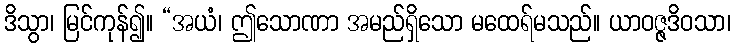
ဒိသွာ၊ မြင်ကုန်၍။ “အယံ၊ ဤသောဏာ အမည်ရှိသော မထေရ်မသည်။ ယာဝဇ္ဇဒိဝသာ၊